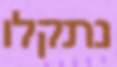
נתקלו